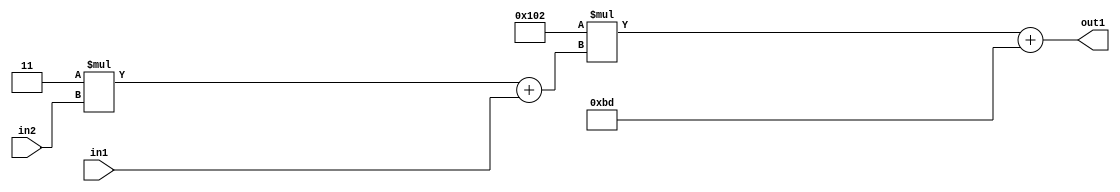
`timescale 1ps / 1ps
/*****************************************************************************
    Verilog RTL Description
    
    
    Created by: Stratus DpOpt 2019.1.01 
*******************************************************************************/

module DC_Filter_Add2i189Mul2i258Add2u1Mul2i3u2_4 (
	in2,
	in1,
	out1
	); /* architecture "behavioural" */ 
input [1:0] in2;
input  in1;
output [11:0] out1;
wire [11:0] asc001;
wire [3:0] asc002;

wire [3:0] asc002_tmp_0;
assign asc002_tmp_0 = 
	+(4'B0011 * in2);
assign asc002 = asc002_tmp_0
	+(in1);

wire [11:0] asc001_tmp_1;
assign asc001_tmp_1 = 
	+(12'B000100000010 * asc002);
assign asc001 = asc001_tmp_1
	+(12'B000010111101);

assign out1 = asc001;
endmodule

/* CADENCE  v7X4SA0= : u9/ySgnWtBlWxVPRXgAZ4Og= ** DO NOT EDIT THIS LINE ******/